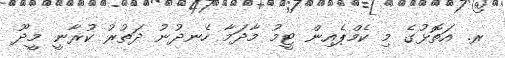
ރ. އަތޮޅުގެ މި ކެމްޕެއިން ޓީމު މާދަމާ ހެނދުނު ދަތުރު ކުރާނީ މީދޫ